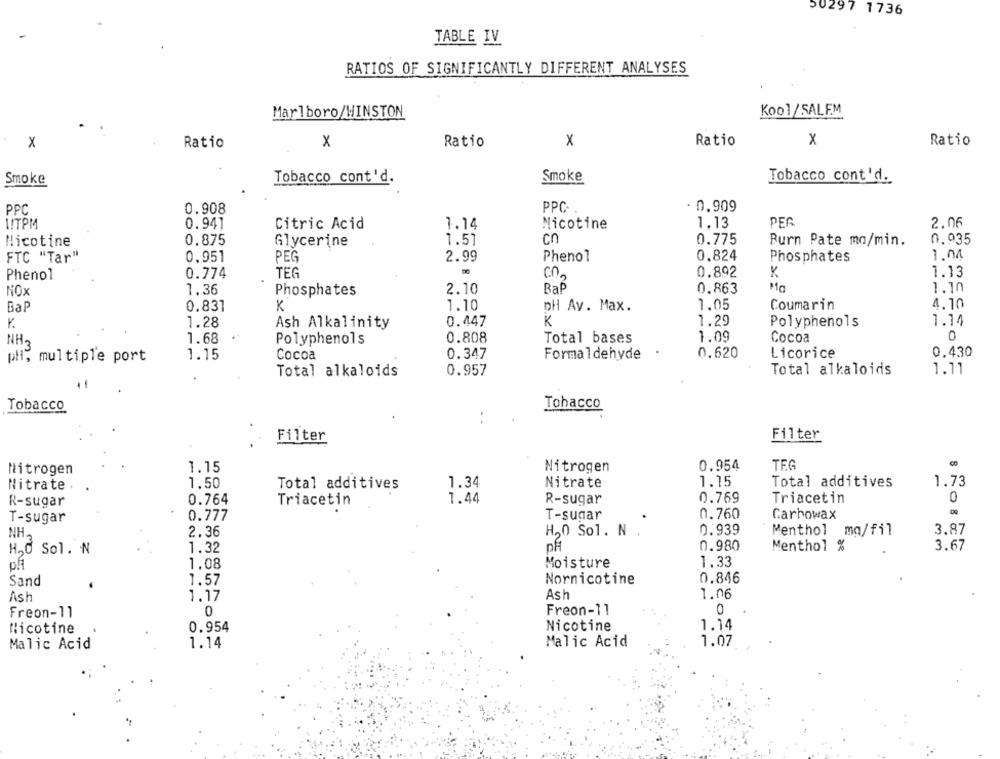
50297 1736
TABLE IV
RATIOS OF SIGNIFICANTLY DIFFERENT ANALYSES
Marlboro/WINSTON
Kool/SALEM
X
Ratio
x
Ratio
X
Ratio
x
Ratio
Smoke
Tobacco cont'd.
Smoke
Tobacco cont'd.
0.908
PPC-
. 0.909
PPC
VITPM
0.941
Citric Acid
1.14
Nicotine
1.13
PER
2.06
Nicotine
0.875
Glycerine
1.57
cn
0.775
Burn Pate mo/min.
0.935
FTC "Tar"
0,951
PEG
2.99
Phenol
0.824
Phosphates
1.00
0.774
TEG
0.892
K
1.13
Phenol
Bap
Ma
1.10
NOX
1.36
Phosphates
2.10
0.863
Bap
0.831
K
1.10
pH Av. Max.
1.05
Coumarin
4.10
K.
1.28
Ash Alkalinity
0.447
K
1.29
Polyphenols
1.14
NH
1.68
Polyphenols
0.808
Total bases
1.09
Cocoa
0
1.15
Cocoa
0.347
Formaldehyde
0.620
Licorice
0.430
pli, multiple port
Total alkaloids
0.957
Total alkaloids
1.11
Tobacco
Tobacco
:
Filter
Filter
Nitrogen
1.15
Nitrogen
0.954
TFG
Nitrate
1,50
Total additives
1.34
Nitrate
1.15
Total additives
1.73
0.764
Triacetin
1.44
R-sugar
0.769
Triacetin
0
R-sugar
0.777
T-sugar
0.760
Carbowax
T-sugar
0.939
Menthol mg/fil
3.87
NH
2.36
H,O Sol. N .
pf
0.980
H,O Sol. N
1.32
Menthol %
3.67
1.33
1,08
Moisture
0.846
Sand
1.57
Nornicotine
Ash
1.17
Ash
1.06
Freon-11
0
Freon-11
0
Nicotine
0.954
Nicotine
1.14
Malic Acid
1.14
Malic Acid
1.07